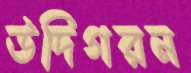
উদিগরন